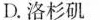
D.洛杉矶